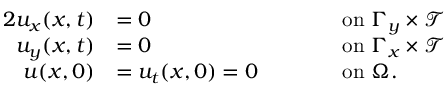
\begin{array} { r l r l } { { 2 } u _ { x } ( \boldsymbol { x } , t ) } & { = 0 } & & { \qquad \mathrm { o n ~ } \Gamma _ { y } \times \mathcal { T } } \\ { u _ { y } ( \boldsymbol { x } , t ) } & { = 0 } & & { \qquad \mathrm { o n ~ } \Gamma _ { x } \times \mathcal { T } } \\ { u ( \boldsymbol { x } , 0 ) } & { = u _ { t } ( \boldsymbol { x } , 0 ) = 0 } & & { \qquad \mathrm { o n ~ } \Omega . } \end{array}